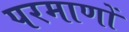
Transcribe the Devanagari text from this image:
परमाणों